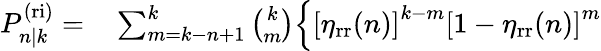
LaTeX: \begin{array}{rl}{P_{n|k}^{\mathrm{(ri)}}=}&{{}\sum_{m=k-n+1}^{k}\binom{k}{m}\Big\{ \left[\eta_{\mathrm{rr}}(n)\right]^{k-m}\left[1-\eta_{\mathrm{rr}}(n)\right]^{m}}\end{array}